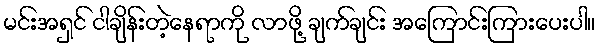
မင်းအရှင် ငါချိန်းတဲ့နေရာကို လာဖို့ ချက်ချင်း အကြောင်းကြားပေးပါ။